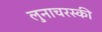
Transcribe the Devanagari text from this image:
लुनाचरस्की